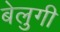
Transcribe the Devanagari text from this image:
बेलुगी